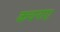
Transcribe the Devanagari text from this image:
कचनाए